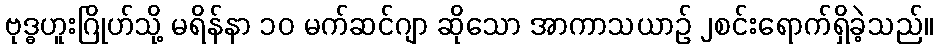
ဗုဒ္ဓဟူးဂြိုဟ်သို့ မရိန်နာ ၁၀ မက်ဆင်ဂျာ ဆိုသော အာကာသယာဉ် ၂စင်းရောက်ရှိခဲ့သည်။